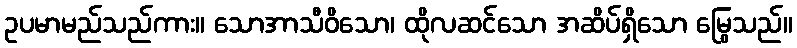
ဥပမာမည်သည်ကား။ သောအာသီဝိသော၊ ထိုလဆင်သော အဆိပ်ရှိသော မြွေသည်။